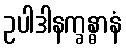
ဥပါဒါနက္ခန္ဓာနံ